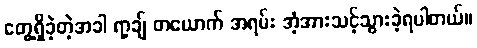
တွေ့ရှိခဲ့တဲ့အခါ ရာ့ချ် တယောက် အရမ်း အံ့အားသင့်သွားခဲ့ရပါတယ်။